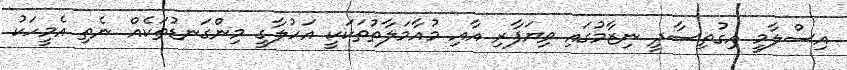
އިސްލާމީ އިގުތިސާދީ ނިޒާމުގައި ވިޔަފާރި އާއި މުއާމަލާތުތަކަކީ އަހުލާގީ މިންގަނޑުތަކެއް ނެތި އެމީހަކު